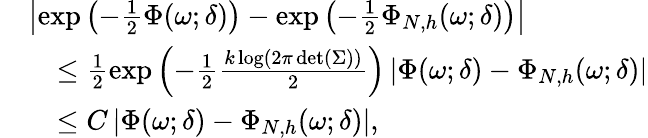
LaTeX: \begin{array}{rl}&{\left|\exp\left(-\frac{1}{2}\Phi(\omega;\delta)\right)-\exp\left(-\frac{1}{2}\Phi_{N,h}(\omega;\delta)\right)\right|}\\ &{\quad\le\frac{1}{2}\exp\left(-\frac{1}{2}\frac{k\log\left(2\pi\operatorname*{det}(\Sigma)\right)}{2}\right)\left|\Phi(\omega;\delta)-\Phi_{N,h}(\omega;\delta)\right|}\\ &{\quad\le C\left|\Phi(\omega;\delta)-\Phi_{N,h}(\omega;\delta)\right|,}\end{array}